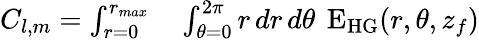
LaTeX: \begin{array}{rl}{C_{l,m}=\int_{r=0}^{r_{max}}}&{{}\int_{\theta=0}^{2\pi}\mathop{r}\mathop{dr}\mathop{d\theta}~\mathrm{E}_{\mathrm{HG}}(r,\theta,z_{f})}\end{array}